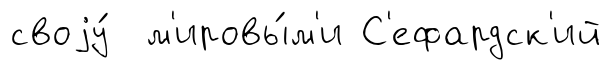
своjу́ м'ировы́м'и С'ефардск'ий